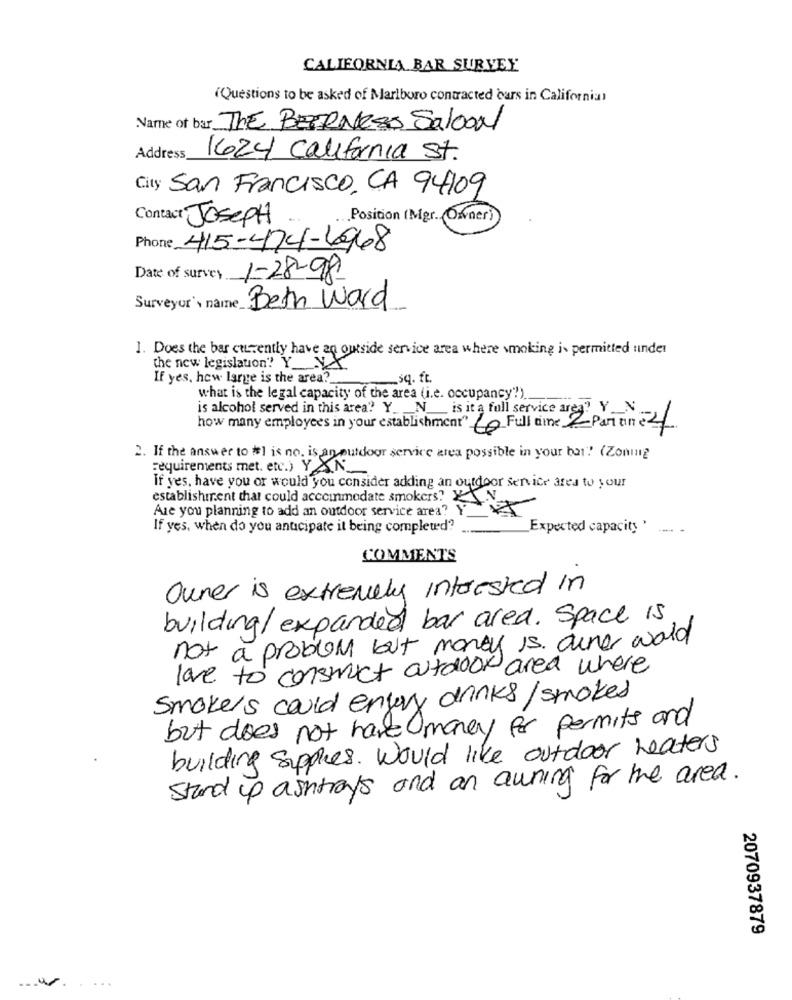
CALIFORNIA BAR SURVEY
(Questions to be asked of Marlboro contracted cars in California)
Name of bar THE BEERNESS Saloon
Address
1624 California St.
City San Francisco, CA 94109
Contact JosePH
... Position (Mgr .. Owner)
Phone 415-474-6968
Date of survey 1-28-98
Surveyor's name Beth Word
1. Does the bar currently have an outside service area where smoking is permitted under
the new legislation? Y_NA
If yes, how large is the area?
sq. ft.
what is the legal capacity of the area (i.e. occupancy'!).
is alcohol served in this area? Y_ __ N_
is it a full service ares? Y __ N.
how many employees in your establishment" 10 Full time 2 Paraine
2. If the answer to #1 is no. is an outdoor service area possible in your bat? (Zoning
Requirements met. etc.) YAN_
If yes, have you or would you consider adding an outdoor service ates to your
establishment that could acccinmedate smokers"X
Are you planning to add an outdoor service area?
If yes, when do you anticipate it being completed?
Expected capacity '
COMMENTS
Owner is extremely interested in
building/ expanded bar area. Space is
not a problem but money is. owner word
love to construct outdoor area where
Smokers could enjury drinks/ smoked
but does not have money for permits and
building supplies. Would like outdoor heaters
Stand up ashtrays and an awning for the area.
2070937879